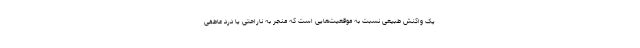
یک واکنش طبیعی نسبت به موقعیت‌هایی است که منجر به ناراحتی یا درد عاطفی